Investigations into the jail dietaries of the United Provinces with some observations on the influence of dietary on the physical development and well-being of the people of the United Provinces - Number 48
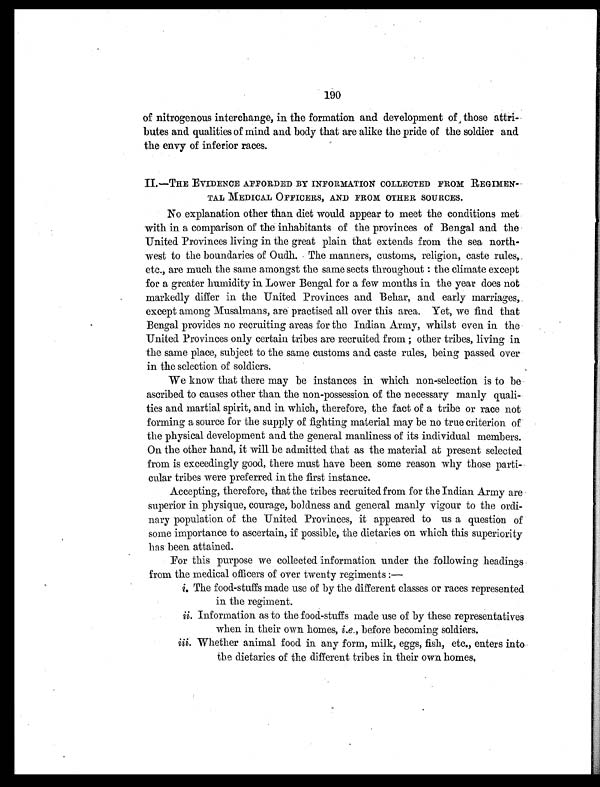
190
of nitrogenous interchange, in the formation and development of those attri-
butes and qualities of mind and body that are alike the pride of the soldier and
the envy of inferior races.
II.—THE EVIDENCE AFFORDED BY INFORMATION COLLECTED FROM REGIMEN-
TAL MEDICAL OFFICERS, AND FROM OTHER SOURCES.
No explanation other than diet would appear to meet the conditions met
with in a comparison of the inhabitants of the provinces of Bengal and the
United Provinces living in the great plain that extends from the sea north-
west to the boundaries of Oudh. The manners, customs, religion, caste rules,
etc., are much the same amongst the same sects throughout : the climate except
for a greater humidity in Lower Bengal for a few months in the year does not
markedly differ in the United Provinces and Behar, and early marriages,
except among Musalmans, are practised all over this area. Yet, we find that
Bengal provides no recruiting areas for the Indian Army, whilst even in the
United Provinces only certain tribes are recruited from other tribes, living in
the same place, subject to the same customs and caste rules, being passed over
in the selection of soldiers.
We know that there may be instances in which non-selection is to be
ascribed to causes other than the non-possession of the necessary manly quali-
ties and martial spirit, and in which, therefore, the fact of a tribe or race not
forming a source for the supply of fighting material may be no true criterion of
the physical development and the general manliness of its individual members.
On the other hand, it will be admitted that as the material at present selected
from is exceedingly good, there must have been some reason why those parti-
cular tribes were preferred in the first instance.
Accepting, therefore, that the tribes recruited from for the Indian Army are
superior in physique, courage, boldness and general manly vigour to the ordi-
nary population of the United Provinces, it appeared to us a question of
some importance to ascertain, if possible, the dietaries on which this superiority
has been attained.
For this purpose we collected information under the following headings
from the medical officers of over twenty regiments :
—
i.
The food-stuffs made use of by the different classes or races represented
in the regiment.
ii.
Information as to the food-stuffs made use of by these representatives
when in their own homes, i.e. , before becoming soldiers
.
iii.
Whether animal food in any form, milk, eggs, fish, etc., enters into
the dietaries of the different tribes in their own homes.